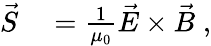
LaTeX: \begin{array}{rl}{\vec{S}}&{{}=\frac{1}{\mu_{0}}\vec{E}\times\vec{B}\; ,}\end{array}